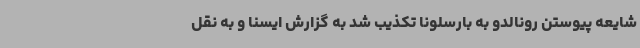
شایعه پیوستن رونالدو به بارسلونا تکذیب شد به گزارش ایسنا و به نقل